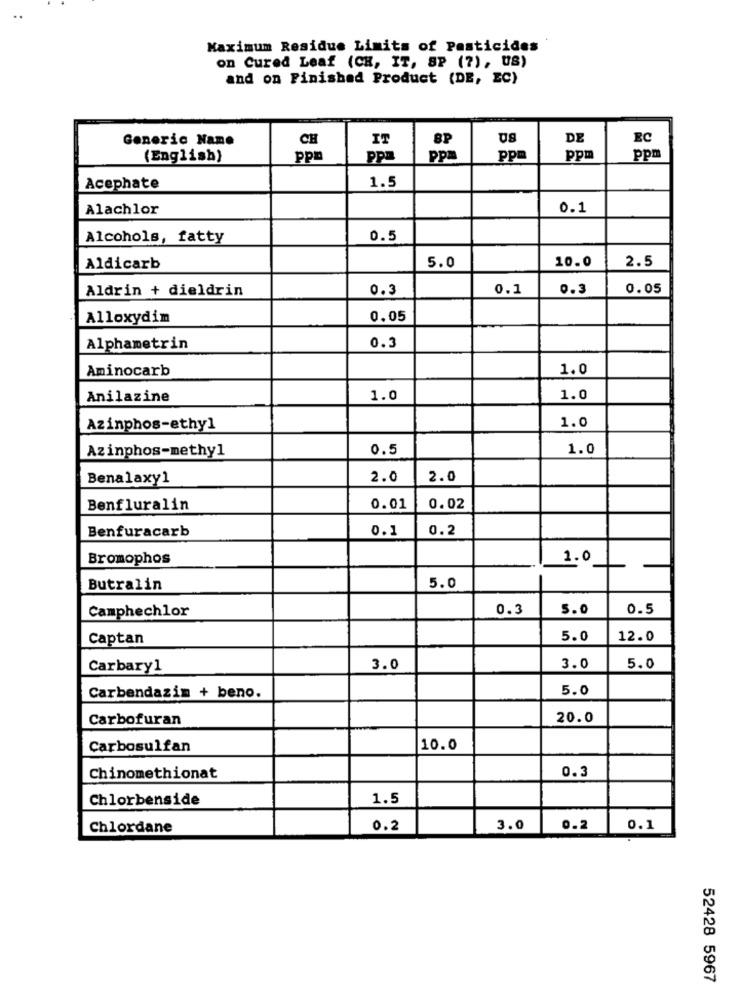
Maximum Residue Limits of Pesticides
on Cured Leaf (CH, IT, SP (7), US)
and on Finished Product (DE, EC)
Generic Name
CH
IT
DE
EC
SP
(English)
pp
ppa
ppa
ppm
ppm
ppm
Acephate
1.5
Alachlor
0.1
Alcohols, fatty
0.5
5.0
10.0
Aldicarb
2.5
Aldrin + dieldrin
0.3
0.1
0.3
0.05
Alloxydim
0.05
Alphametrin
0.3
Aminocarb
1.0
Anilazine
1.0
1.0
1.0
Azinphos-ethyl
Azinphos-methyl
0.5
1.0
Benalaxy1
2.0
2.0
Benfluralin
0.01
0.02
Benfuracarb
0.1
0.2
Bromophos
1.0
Butralin
5.0
Camphechlor
0.3
5.0
0.5
Captan
5.0
12.0
Carbary1
3.0
3.0
5.0
5.0
Carbendazim + beno.
Carbofuran
20.0
Carbosulfan
10.0
Chinomethionat
0.3
Chlorbenside
1.5
Chlordane
0.2
3.0
0.2
0.1
52428 5967